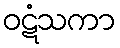
ဝဋံသကာ